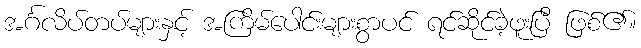
အင်္ဂလိပ်တပ်များနှင့် အကြိမ်ပေါင်းများစွာပင် ရင်ဆိုင်ခဲ့ဖူးပြီ ဖြစ်၏။